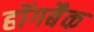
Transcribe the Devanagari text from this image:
हॉगबैक